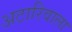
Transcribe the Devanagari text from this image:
अटारिवाला